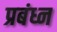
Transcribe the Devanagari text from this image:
प्रबंध्न